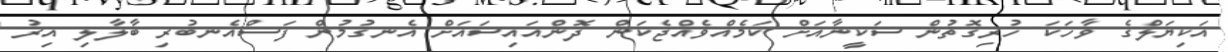
އަކިޔަލްގެ ވާހަކަ ހުރިގޮތުން ސަކީނާއަށް ކަމެއްވެއްޖެކަން ދޮންއައިސައަށް އެނގުމުން ފަސްއެނބުރި ބާލާލި އިރު